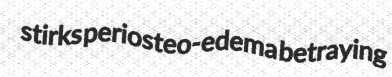
stirks periosteo-edema betraying